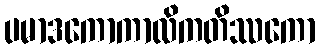
ပမာဒကောကာလိကတိဿကော